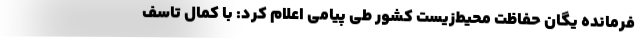
فرمانده یگان حفاظت محیط‌زیست کشور طی پیامی اعلام کرد: با کمال تاسف